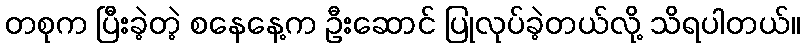
တစုက ပြီးခဲ့တဲ့ စနေနေ့က ဦးဆောင် ပြုလုပ်ခဲ့တယ်လို့ သိရပါတယ်။